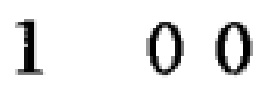
$1 \ 0 \ 0$